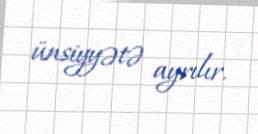
ünsiyyətə ayrılır.